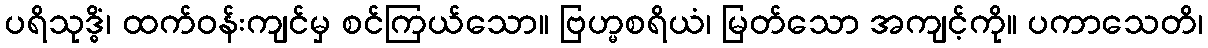
ပရိသုဒ္ဓိံ၊ ထက်ဝန်းကျင်မှ စင်ကြယ်သော။ ဗြဟ္မစရိယံ၊ မြတ်သော အကျင့်ကို။ ပကာသေတိ၊